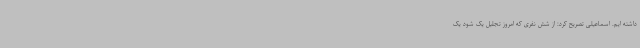
داشته ایم. اسماعیلی تصریح کرد: از شش نفری که امروز تجلیل یک شود یک